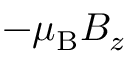
- \mu _ { \mathrm { { B } } } B _ { z }